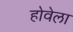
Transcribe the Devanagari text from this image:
होवेला